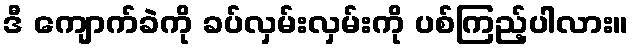
ဒီ ကျောက်ခဲကို ခပ်လှမ်းလှမ်းကို ပစ်ကြည့်ပါလား။